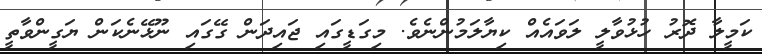
ކަމީލާ ދޮރު ހުޅުވާލީ ލަވައެއް ކިޔާލަމުންނެވެ. މިގަޑީގައި ޖައިދަން ގޭގައި ނޫޅޭނެކަން ޔަގީންވާތީ